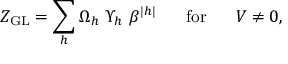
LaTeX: Z _ { \mathrm { G L } } = \sum _ { h } \Omega _ { h } ~ \Upsilon _ { h } ~ \beta ^ { | h | } \; \; \; \; \; \; \mathrm { f o r } \; \; \; \; \; \; V \neq 0 ,